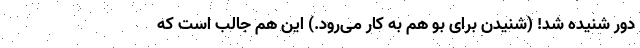
دور شنیده شد! (شنیدن برای بو هم به کار می‌رود.) این هم جالب است که